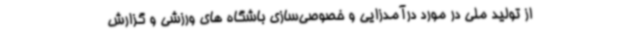
از تولید ملی در مورد درآمدزایی و خصوصی‌سازی باشگاه های ورزشی و گزارش